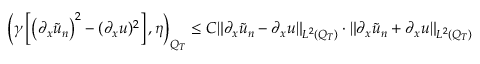
\left( \gamma \left[ \left( \partial _ { x } \tilde { u } _ { n } \right) ^ { 2 } - ( \partial _ { x } u ) ^ { 2 } \right] , \eta \right) _ { Q _ { T } } \leq C \lVert \partial _ { x } \tilde { u } _ { n } - \partial _ { x } u \rVert _ { L ^ { 2 } ( Q _ { T } ) } \cdot \lVert \partial _ { x } \tilde { u } _ { n } + \partial _ { x } u \rVert _ { L ^ { 2 } ( Q _ { T } ) }